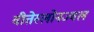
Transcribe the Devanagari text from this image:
वीतेस्लोनज्वल